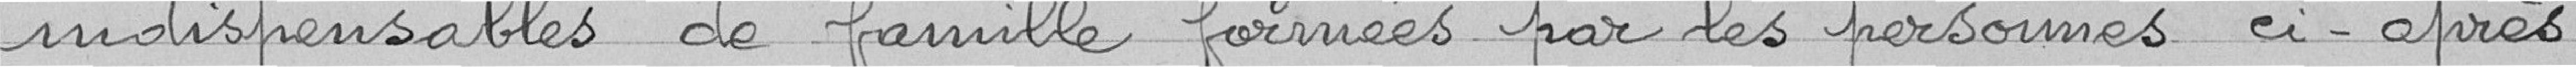
indispensables de famille formées par les personnes ci-après